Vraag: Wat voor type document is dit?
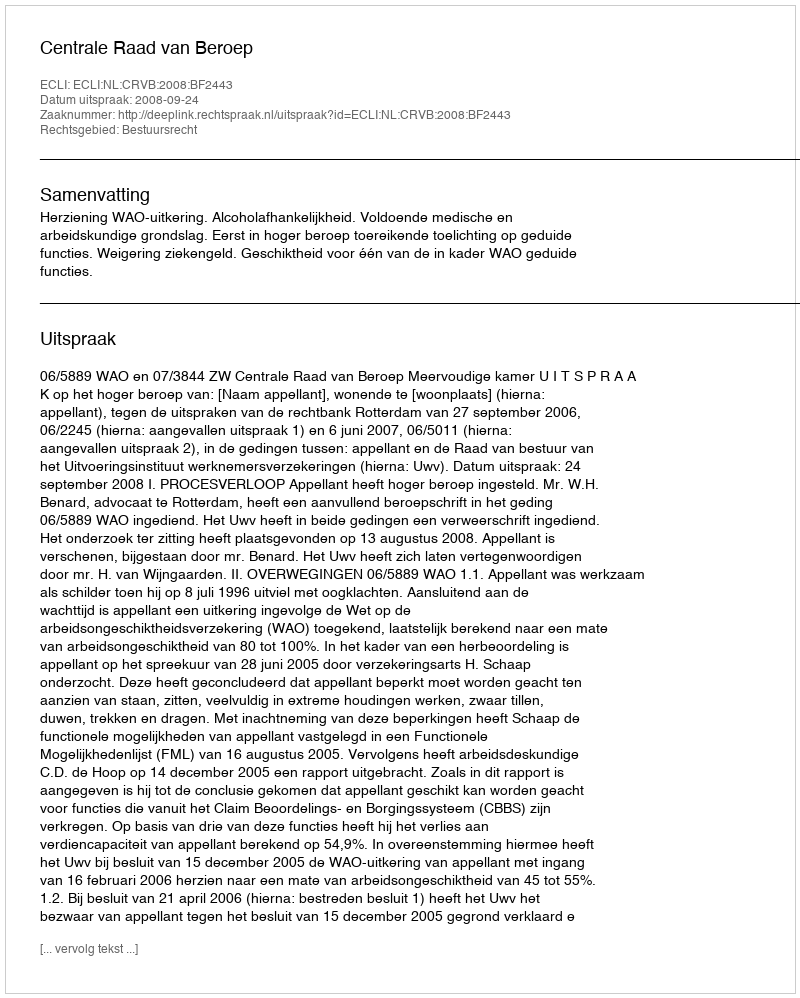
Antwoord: Uitspraak